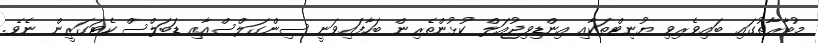
މުބާރާތުގައި ބައިވެރިވި ޔުނިޓްތަކާއި އިންޑިވިޖުއަލް ކުޅުންތެރިން ބަހާފައިވަނީ ސިންގަލްސްއާއި ޑަބަލްސް ކެޓަގަރީން ނެވެ.